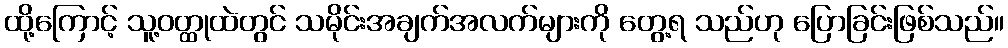
ထို့ကြောင့် သူ့ဝတ္ထုထဲတွင် သမိုင်းအချက်အလက်များကို တွေ့ရ သည်ဟု ပြောခြင်းဖြစ်သည်။